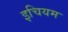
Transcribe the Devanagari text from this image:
इचियम